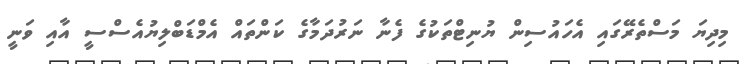
މިދިޔަ މަސްތެރޭގައި އެހައުސިން ޔުނިޓްތަކުގެ ފެނާ ނަރުދަމާގެ ކަންތައް އެމްޑަބްލިޔުއެސްސީ އާއި ވަނީ